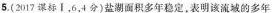
5.(2017课标Ⅰ，6，4分)盐湖面积多年稳定，表明该流域的多年